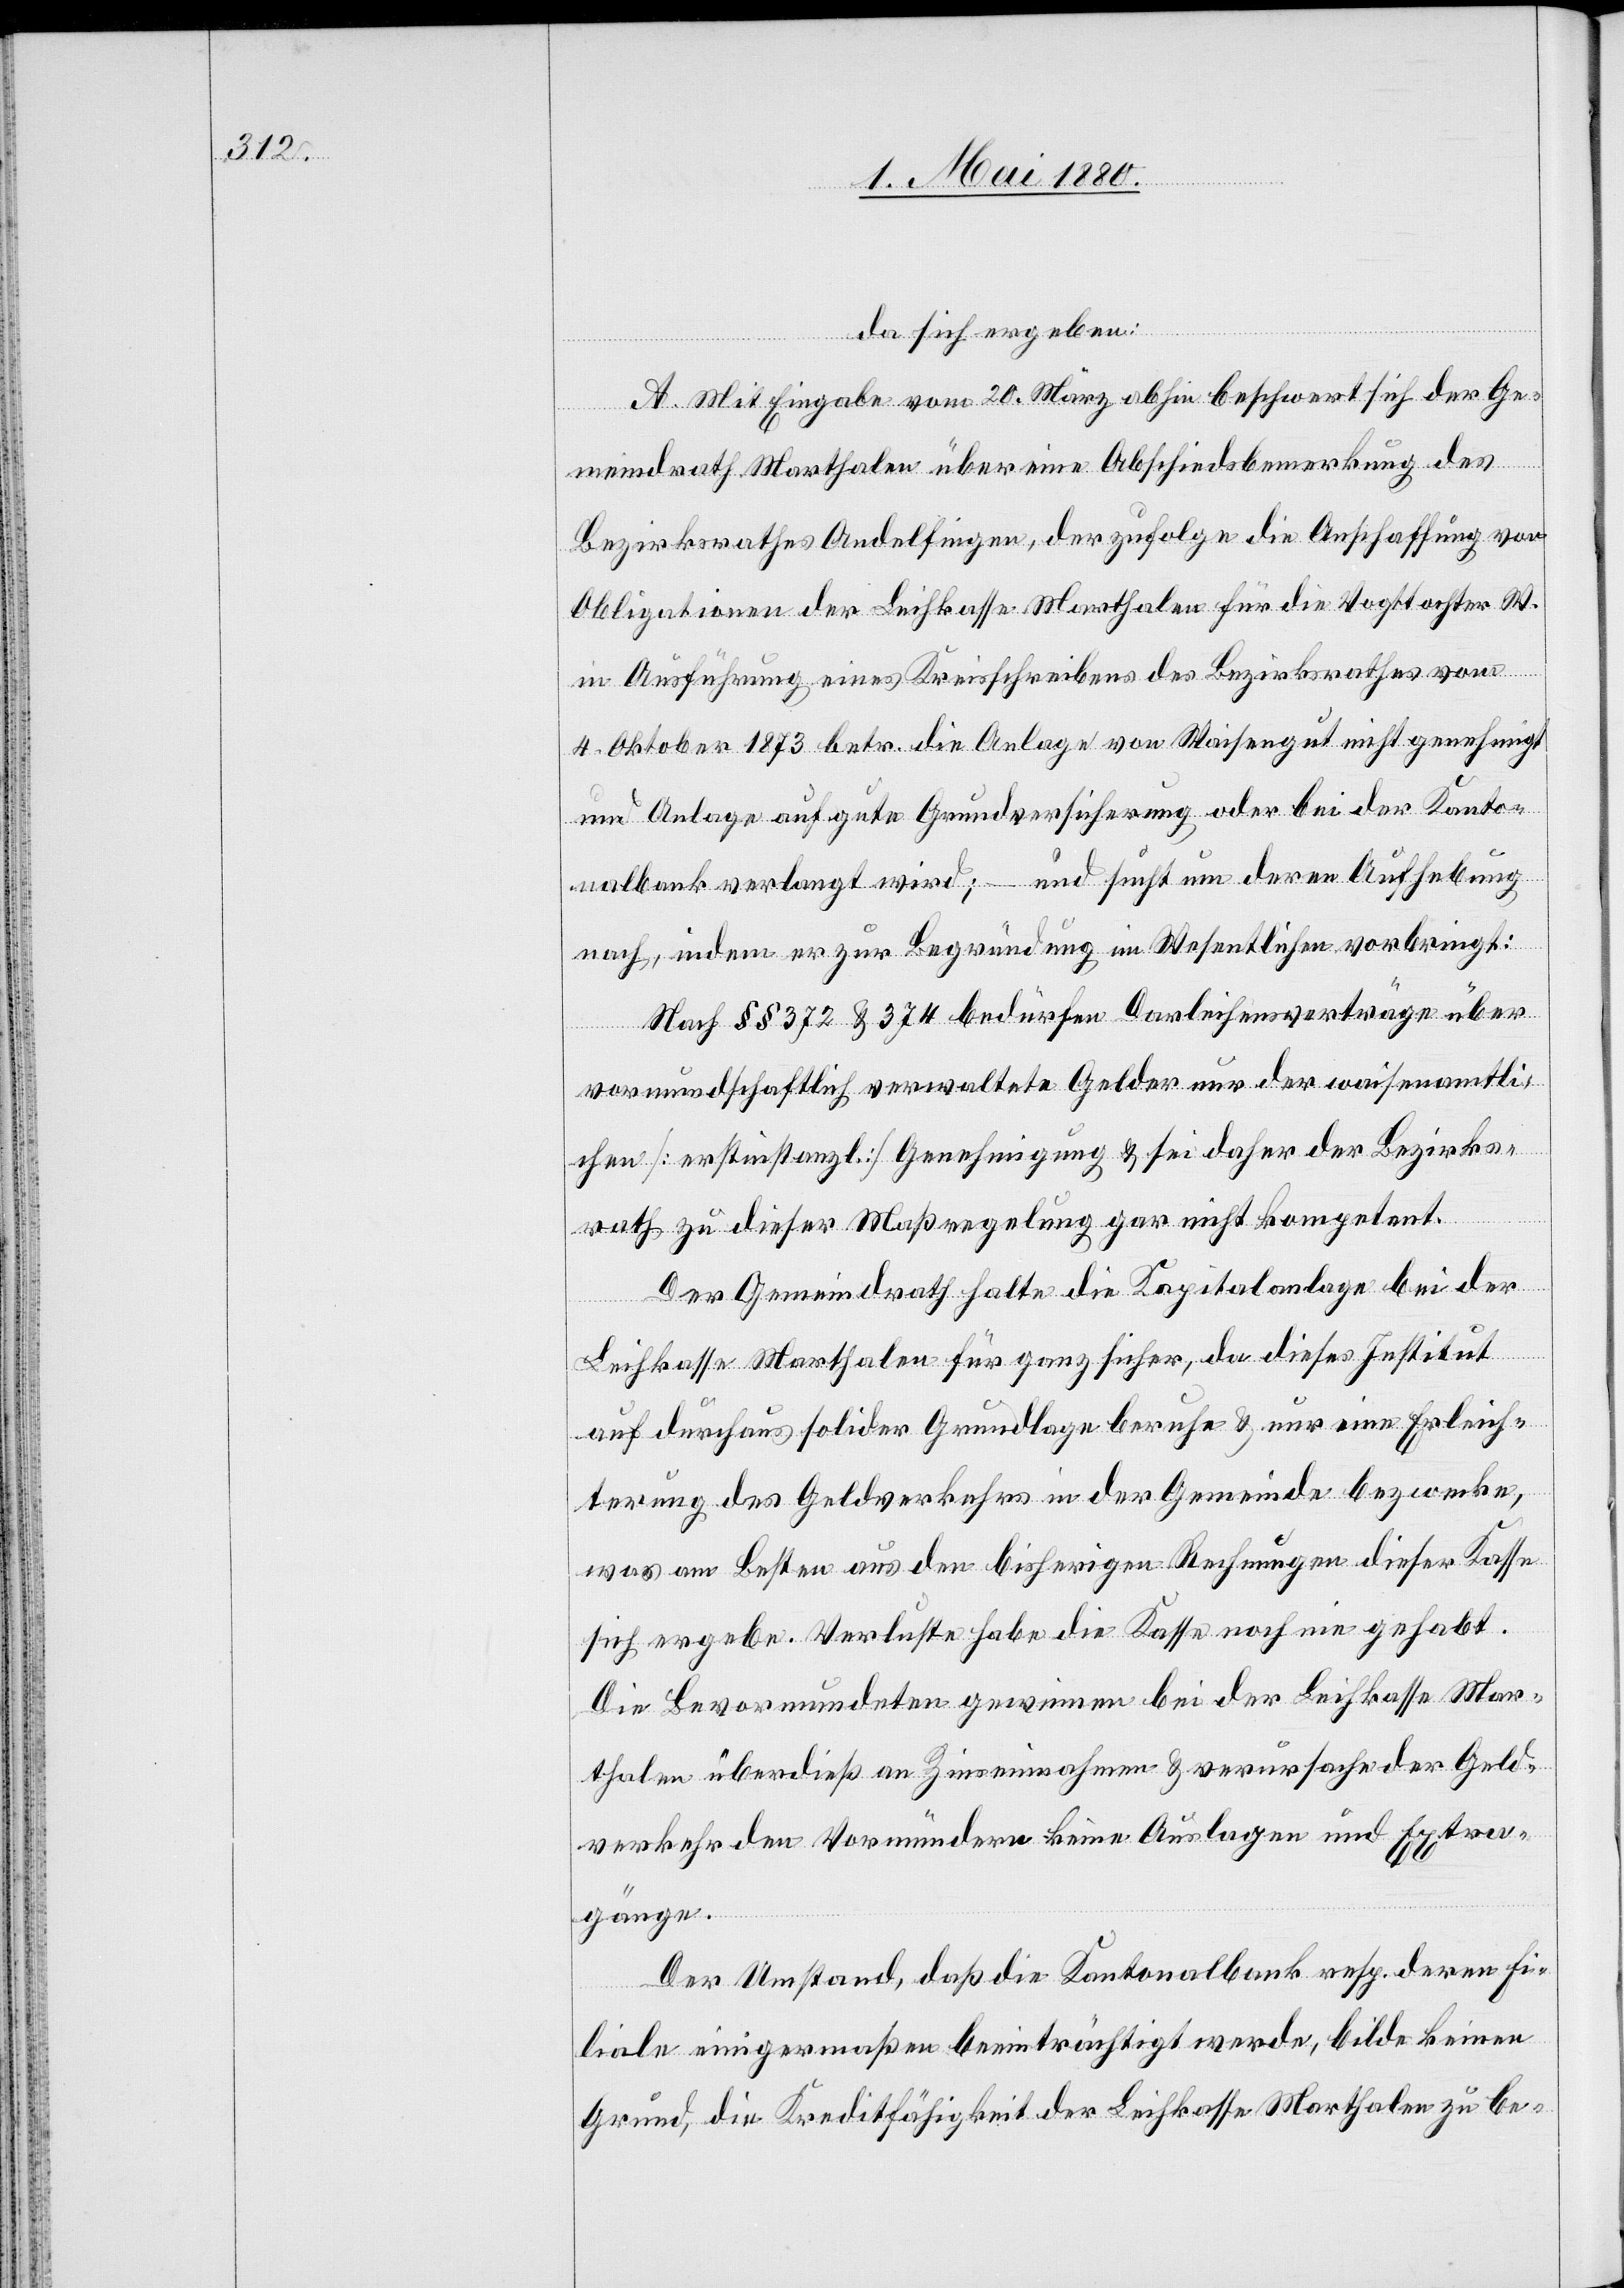
da sich ergeben:
A. Mit Eingabe vom 20. März abhin beschwert sich der Ge¬
meindrath Marthalen über eine Abschiedsbemerkung des
Bezirksrathes Andelfingen, derzufolge die Anschaffung von
Obligationen der Leihkasse Marthalen für die Vogttochter W.
in Ausführung eines Kreisschreibens des Bezirksrathes vom
4. Oktober 1873 betr. die Anlage von Waisengut nicht genehmigt
und Anlage auf gute Grundversicherung oder bei der Kanto¬
nalbank verlangt wird; – und sucht um deren Aufhebung
nach, indem er zur Begründung im Wesentlichen vorbringt:
Nach §§ 372 & 374 bedürfen Darleihensverträge über
vormundschaftlich verwaltete Gelder nur der waisenamtli¬
chen [erstinstanzl.] Genehmigung & sei daher der Bezirks¬
rath zu dieser Maßregelung gar nicht kompetent.
Der Gemeindrath halte die Kapitalanlage bei der
Leihkasse Marthalen für ganz sicher, da dieses Institut
auf durchaus solider Grundlage beruhe & nur eine Erleich¬
terung des Geldverkehrs in der Gemeinde bezwecke,
was am Besten aus den bisherigen Rechnungen dieser Kasse
sich ergebe. Verluste habe die Kasse noch nie gehabt.
Die Bevormundeten gewinnen bei der Leihkasse Mar¬
thalen überdieß an Zinseinnahmen & verursache der Geld¬
verkehr den Vormündern keine Auslagen und Extra¬
gänge.
Der Umstand, daß die Kantonalbank resp. deren Fi¬
liale einigermaßen beeinträchtigt werde, bilde keinen
Grund, die Kreditfähigkeit der Leihkasse Marthalen zu be-